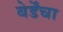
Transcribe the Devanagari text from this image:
बेर्डेंचा